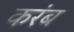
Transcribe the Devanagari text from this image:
करंब